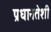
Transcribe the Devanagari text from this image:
प्रधानतेशी